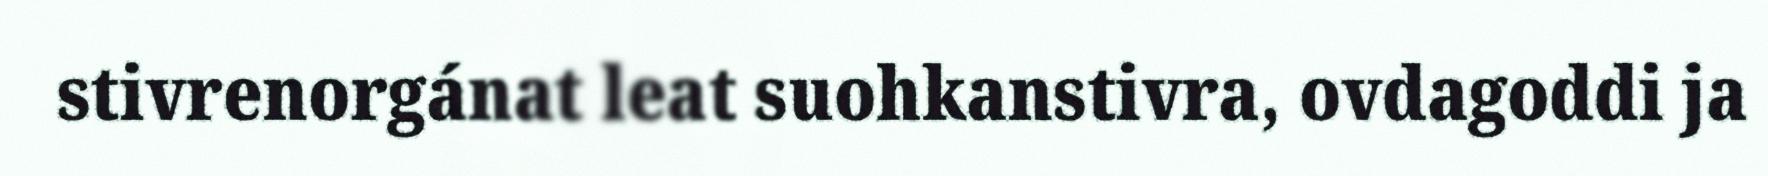
stivrenorgánat leat suohkanstivra, ovdagoddi ja